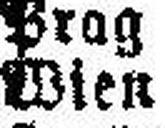
Wien